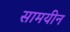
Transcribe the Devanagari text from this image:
सामयीन